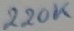
Text: 220K